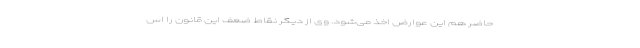
حاضر هم این عوارض اخذ می‌شود. وی از دیگر نقاط ضعف این قانون را اس